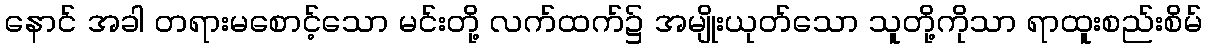
နောင် အခါ တရားမစောင့်သော မင်းတို့ လက်ထက်၌ အမျိုးယုတ်သော သူတို့ကိုသာ ရာထူးစည်းစိမ်